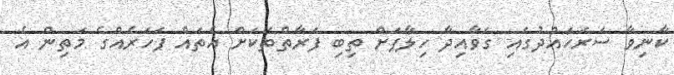
ކާނިވާ ސަރަހައްދުގައި ގަވާއިދާ ހިލާފަށް ތިބި ފަރާތްތަކަށް އެތައް ފަހަރެއްގެ މަތިން އެ